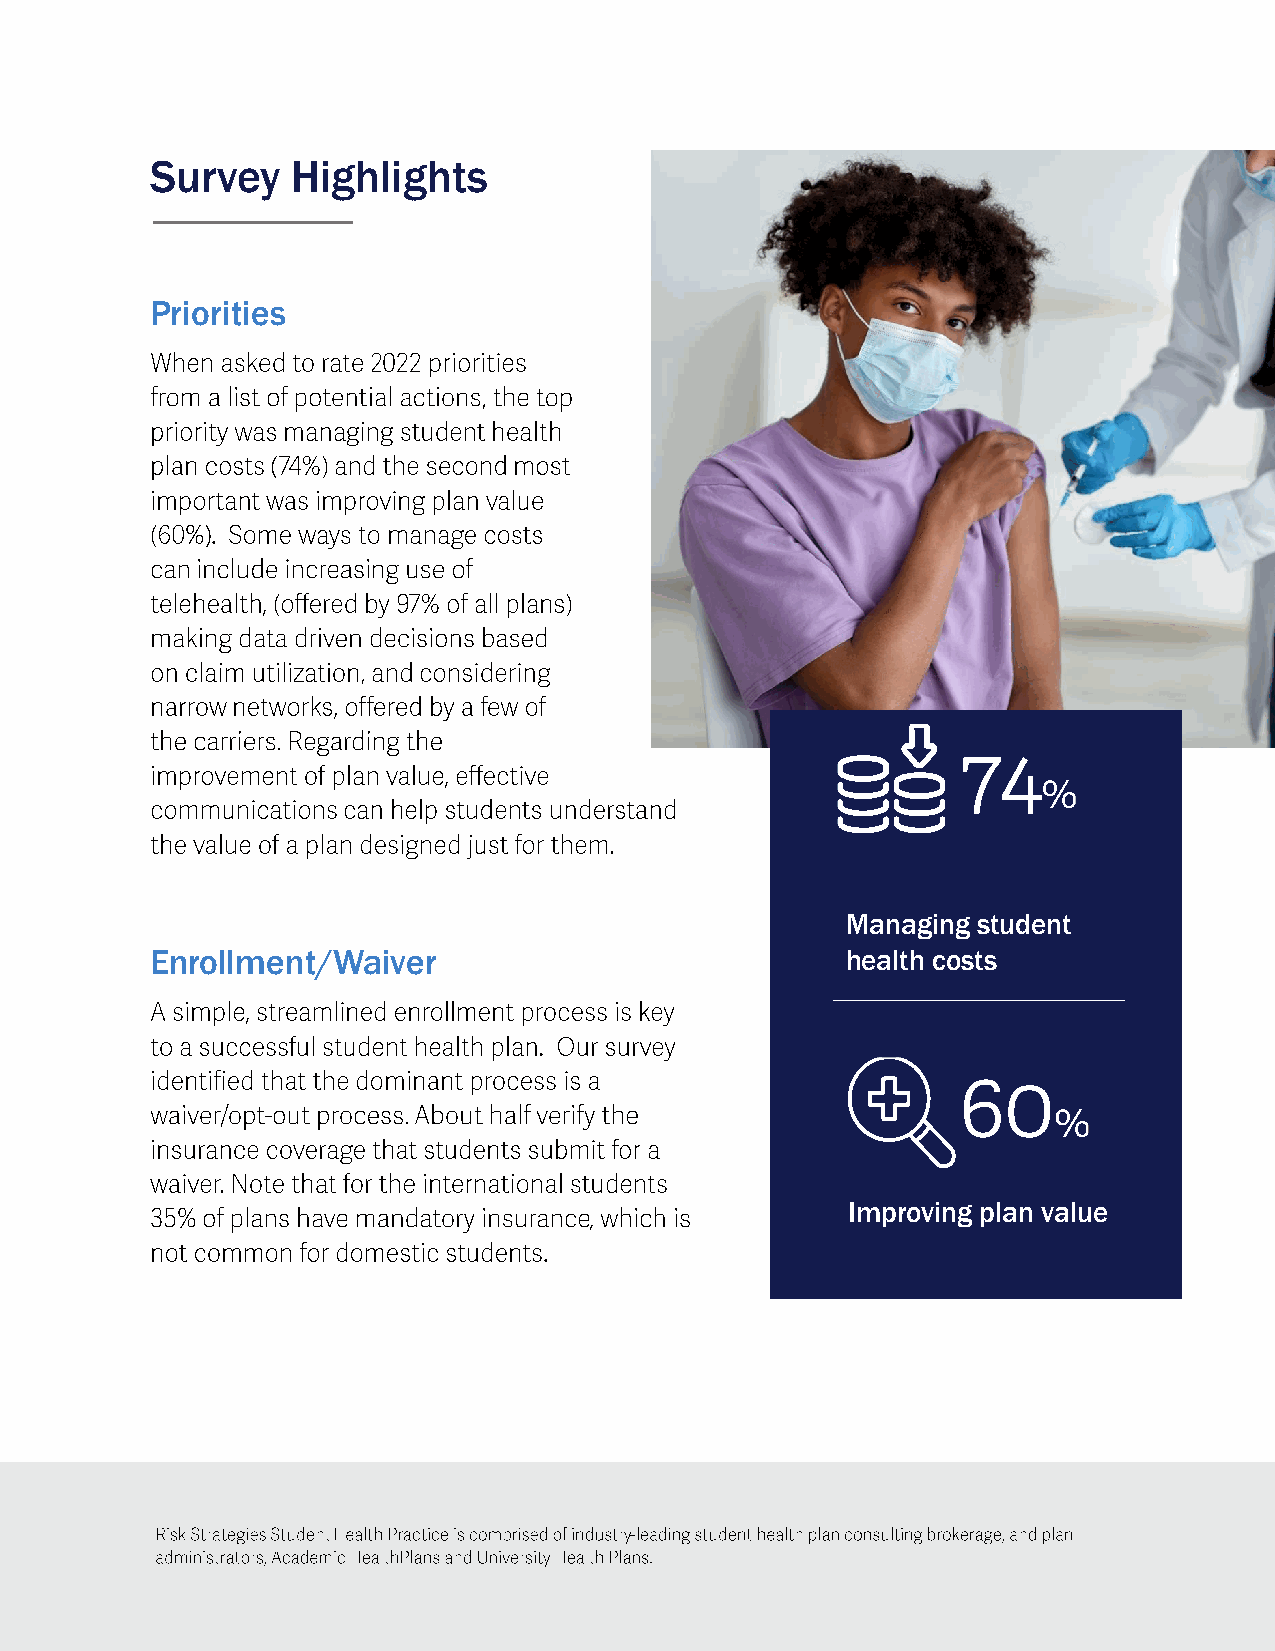
Survey   Highlights
 Priorities
 Managing student
 Enrollment/Waiver                             health costs
 Improving plan value